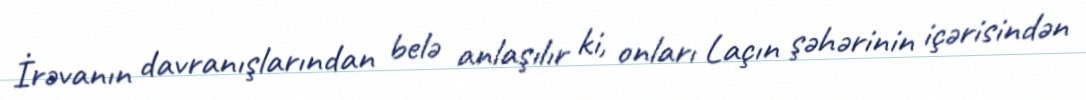
İrəvanın davranışlarından belə anlaşılır ki, onları Laçın şəhərinin içərisindən